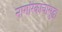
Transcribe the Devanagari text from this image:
नागरिकांचासुद्धा